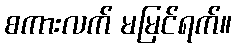
စကားလက် မမြင်ရက်။